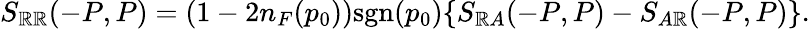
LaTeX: S_{\mathbb{R}\mathbb{R}}(-P,P)=(1-2n_{F}(p_{0}))\mathrm{{sgn}}(p_{0})\{ S_{\mathbb{R}A}(-P,P)-S_{A\mathbb{R}}(-P,P)\} .